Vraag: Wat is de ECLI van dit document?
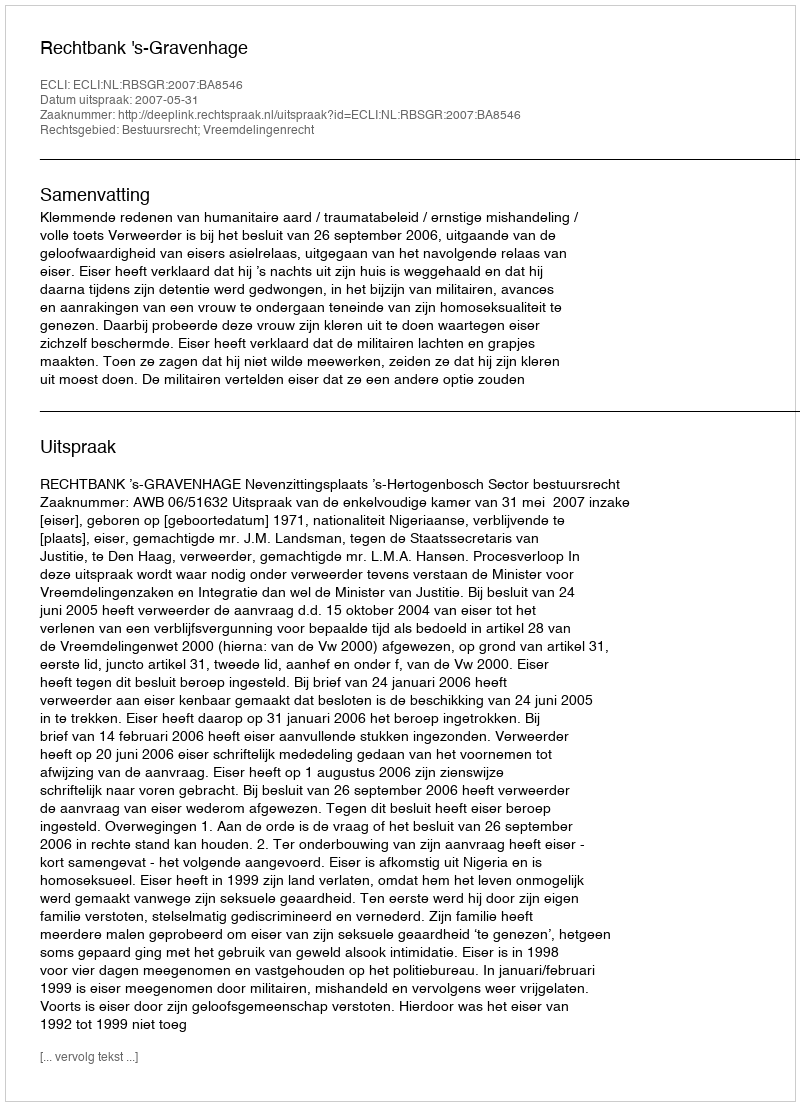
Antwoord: ECLI:NL:RBSGR:2007:BA8546